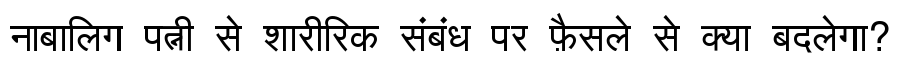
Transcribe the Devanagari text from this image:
नाबालिग पत्नी से शारीरिक संबंध पर फ़ैसले से क्या बदलेगा?